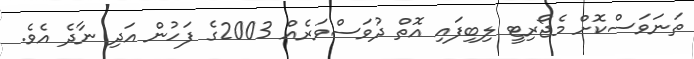
ތަނަވަސްކޮށް މެޖޯރިޓީ ލިބިފައި އޮތް ދުވަސްވަރެއް 2003ގެ ފަހުން އަދި ނާދެ އެވެ.